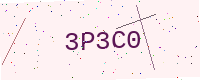
Text: 3P3C0